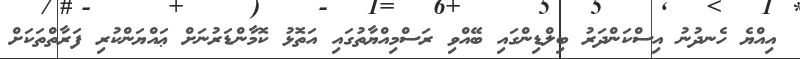
އިއްޔެ ހެނދުނު އިސްކަންދަރު ބިލްޑިންގައި ބޭއްވި ރަސްމިއްޔާތުގައި އަތޮޅު ކޮމާންޑަރުނަށް ޢައްޔަންކުރި ފަރާތްތަކަށް